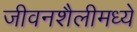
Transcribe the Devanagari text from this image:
जीवनशैलीमध्ये